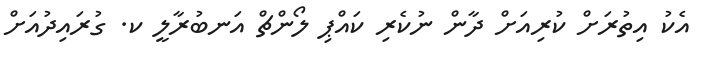
އެކު އިތުރަށް ކުރިއަށް ދާން ނުކެރި ކައްޕި ލޯންޗް އަނބުރާލީ ކ. ގުރައިދުއަށް